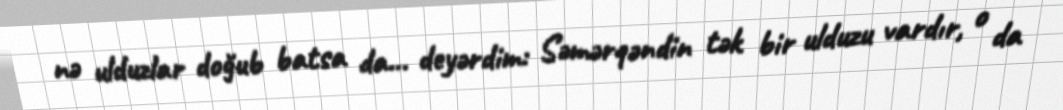
nə ulduzlar doğub batsa da... deyərdim: Səmərqəndin tək bir ulduzu vardır, o da